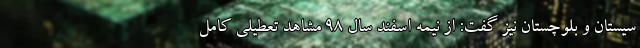
سیستان و بلوچستان نیز گفت: از نیمه اسفند سال ۹۸ مشاهد تعطیلی کامل